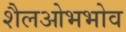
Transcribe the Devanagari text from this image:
शैलओभभोव